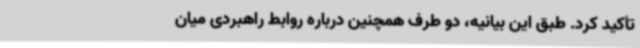
تأکید کرد. طبق این بیانیه، دو طرف همچنین درباره روابط راهبردی میان